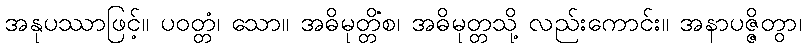
အနုပဿာဖြင့်။ ပဝတ္တံ၊ သော။ အဓိမုတ္တိံစ၊ အဓိမုတ္တသို့ လည်းကောင်း။ အနာပဇ္ဇိတွာ၊